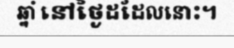
ឆ្នាំ នៅថ្ងៃដដែលនោះ។